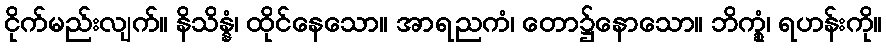
ငိုက်မည်းလျက်။ နိသိန္နံ၊ ထိုင်နေသော။ အာရညကံ၊ တော၌နောသော။ ဘိက္ခုံ၊ ရဟန်းကို။